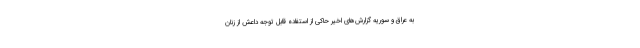
به عراق و سوریه گزارش‌های اخیر حاکی از استفاده قابل توجه داعش از زنان